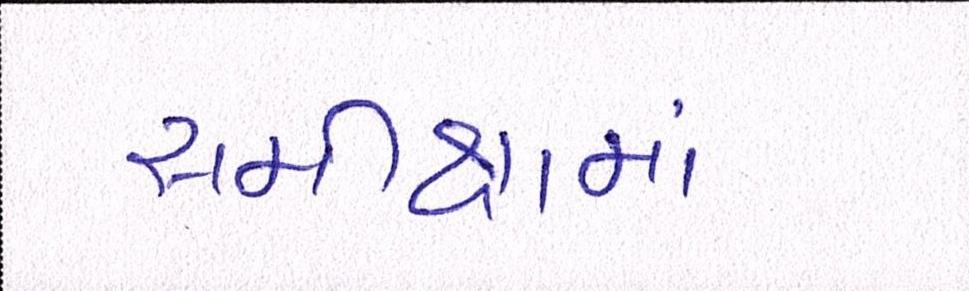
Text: સમીક્ષામાં